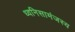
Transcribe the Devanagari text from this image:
ध्वनिसामंजस्य